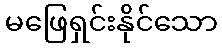
မဖြေရှင်းနိုင်သော